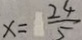
x = \frac { 2 4 } { 5 }